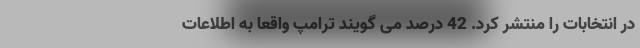
در انتخابات را منتشر کرد. 42 درصد می گویند ترامپ واقعاً به اطلاعات